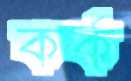
কর্ক